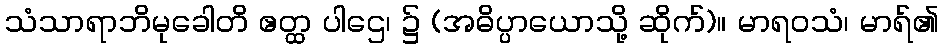
သံသာရာဘိမုခေါတိ ဧတ္ထ ပါဌေ၊ ၌ (အဓိပ္ပာယောသို့ ဆိုက်)။ မာရဝသံ၊ မာရ်၏